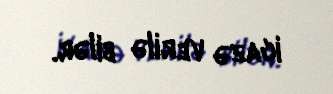
icazə verilə bilər.